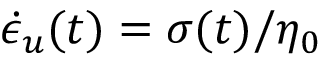
\dot { \epsilon } _ { u } ( t ) = \sigma ( t ) / \eta _ { 0 }